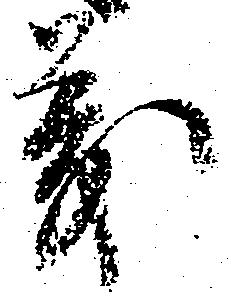
義